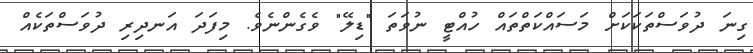
ގިނަ ދުވަސްތަކަކަށް މަސައްކަތްތައް ހުއްޓީ ނުވަތަ "ޑިލޭ" ވެގެންނެވެ. މިފަދަ އަނދިރި ދުވަސްތަކެއް